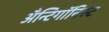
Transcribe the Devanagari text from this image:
अँन्टिगॉनिस्ट